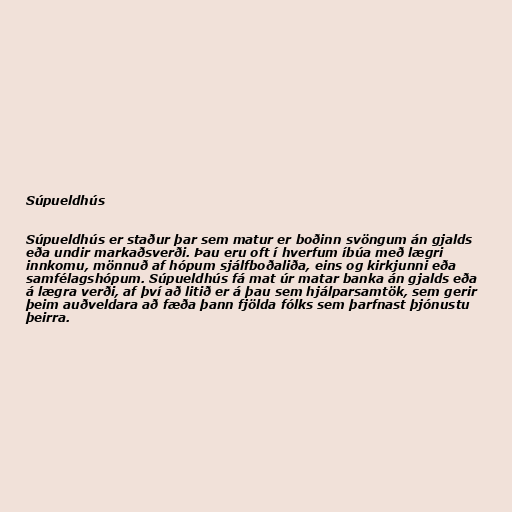
Súpueldhús

Súpueldhús er staður þar sem matur er boðinn svöngum án gjalds
eða undir markaðsverði. Þau eru oft í hverfum íbúa með lægri
innkomu, mönnuð af hópum sjálfboðaliða, eins og kirkjunni eða
samfélagshópum. Súpueldhús fá mat úr matar banka án gjalds eða
á lægra verði, af því að litið er á þau sem hjálparsamtök, sem gerir
þeim auðveldara að fæða þann fjölda fólks sem þarfnast þjónustu
þeirra.